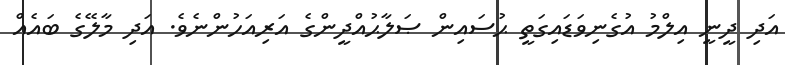
އަދި ދީނީ އިލްމު އުގެނިވަޑައިގަތީ ޙުސައިން ޞަލާޙުއްދީންގެ އަރިއަހުންނެވެ. އަދި މާލޭގެ ބައެއް